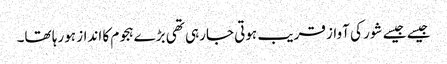
جیسے جیسے شور کی آواز قریب ہوتی جارہی تھی بڑےہجوم کا انداز ہورہا تھا۔